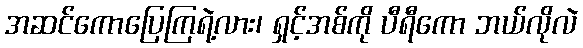
အဆင်ကောပြေကြရဲ့လား၊ ရှင့်အစ်ကို ပီရီကော ဘယ်လိုလဲ